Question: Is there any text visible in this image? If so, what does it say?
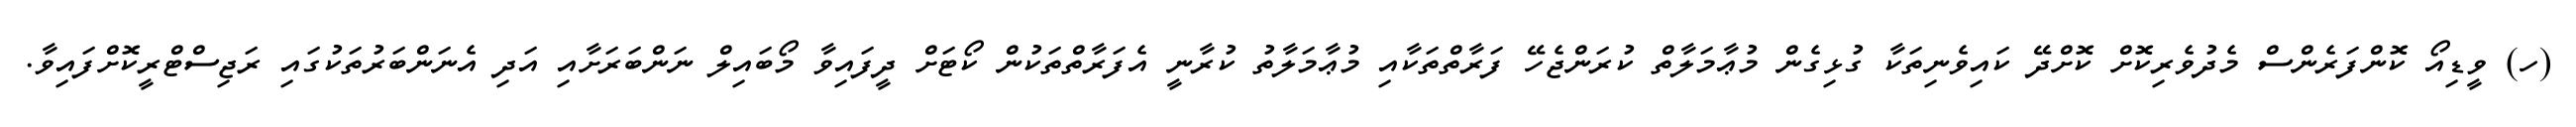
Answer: (ހ) ވީޑިއޯ ކޮންފަރެންސް މެދުވެރިކޮށް ކޮށްދޭ ކައިވެނިތަކާ ގުޅިގެން މުޢާމަލާތް ކުރަންޖެހޭ ފަރާތްތަކާއި މުޢާމަލާތު ކުރާނީ އެފަރާތްތަކުން ކޯޓަށް ދީފައިވާ މޯބައިލް ނަންބަރަށާއި އަދި އެނަންބަރުތަކުގައި ރަޖިސްޓްރީކޮށްފައިވާ.